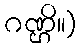
ဂဏ္ဌိ။)